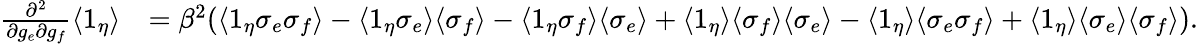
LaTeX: \begin{array}{rl}{\frac{\partial^{2}}{\partial g_{e}\partial g_{f}}\langle 1_{\eta}\rangle}&{=\beta^{2}(\langle 1_{\eta}\sigma_{e}\sigma_{f}\rangle-\langle 1_{\eta}\sigma_{e}\rangle\langle\sigma_{f}\rangle-\langle 1_{\eta}\sigma_{f}\rangle\langle\sigma_{e}\rangle+\langle 1_{\eta}\rangle\langle\sigma_{f}\rangle\langle\sigma_{e}\rangle-\langle 1_{\eta}\rangle\langle\sigma_{e}\sigma_{f}\rangle+\langle 1_{\eta}\rangle\langle\sigma_{e}\rangle\langle\sigma_{f}\rangle).}\end{array}